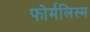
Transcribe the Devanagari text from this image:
फोर्मलिस्म